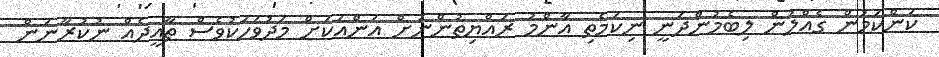
ކަންކަމުން ގެއްލުން ލިބެމުންދަނީ ނިކަމެތި އާންމު ރައްޔިތުންނަށް އަންއަކަށް މަދުވަހަކުވެސް ތާއީދެއް ނުކުރާނަން